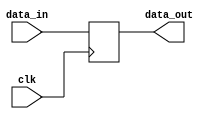
module Register (
    input clk,
    input [7:0] data_in,
    output reg [7:0] data_out
);

reg [7:0] storage; // flip-flop or latch element

always @(posedge clk) begin
    storage <= data_in; // store data_in on positive clock edge
end

assign data_out = storage; // output stored data

endmodule